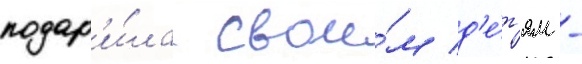
подар'и́ла свои́м д'е́т'ям -